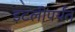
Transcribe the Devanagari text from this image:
इटलीपर्यंत